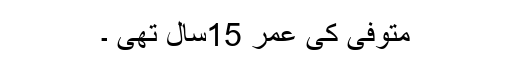
متوفی کی عمر 15سال تھی ۔